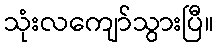
သုံးလကျော်သွားပြီ။